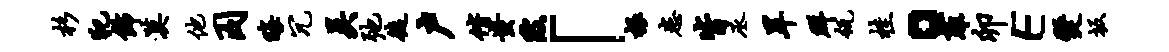
杉犯饰漠他囚晦冗吴弛徒户偕蚩陂「根患皆丞旱群瓴桂。菲卯E燹坂